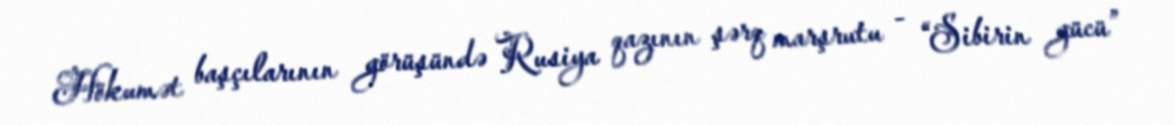
Hökumət başçılarının görüşündə Rusiya qazının şərq marşrutu - “Sibirin gücü”